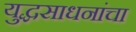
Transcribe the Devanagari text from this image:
युद्धसाधनांचा